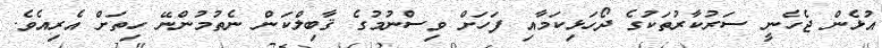
އުޅެން ޖެހެނީ ސަރުކާރުތަކުގެ ދޯހަޅިކަމާއި ފަހަށް ވިސްނުމުގެ ޤާބިލްކަން ނެތުމުންނޭ ހިތަށް އެރިއެވެ.